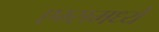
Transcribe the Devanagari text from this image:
एम्समध्ये